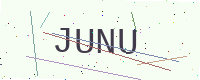
Text: JUNU